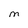
Character: M